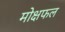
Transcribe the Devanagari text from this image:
मोक्षफल